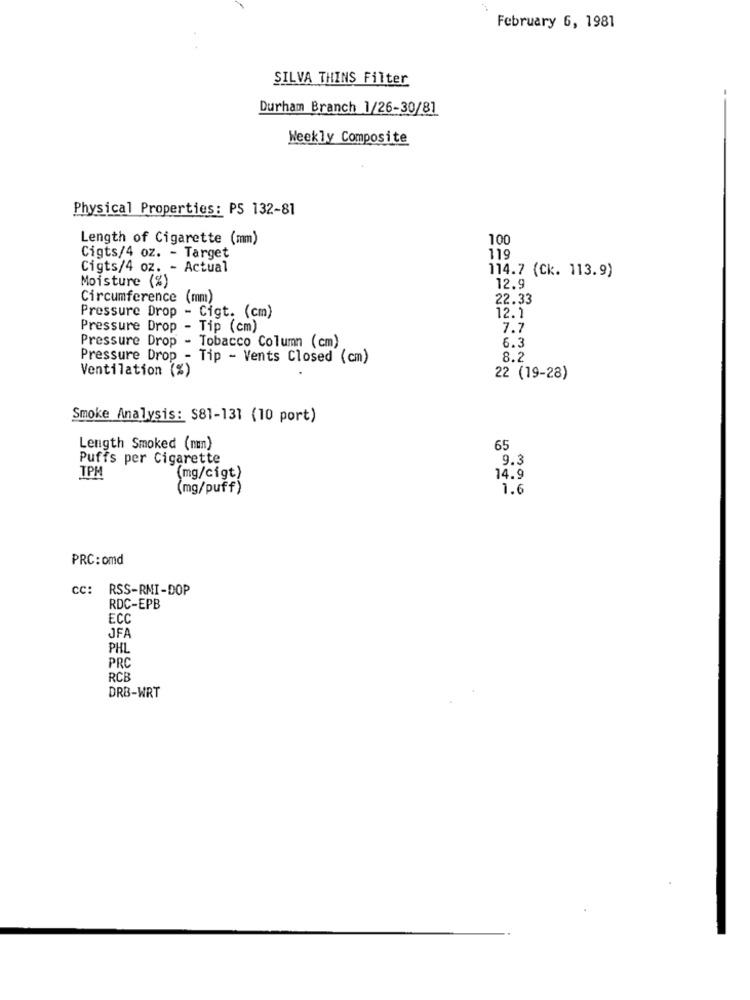
February 6, 1981
SILVA THINS Filter
Durham Branch 1/26-30/81
Weekly Composite
Physical Properties: PS 132-81
Length of Cigarette (mm)
100
Cigts/4 oz. - Target
119
Cigts/4 oz. - Actual
Moisture (%)
114.7 (Ck. 113.9)
12.9
Circumference (mm)
22.33
Pressure Drop - Cigt. (cm)
12.1
Pressure Drop - Tip (cm)
7.7
Pressure Drop - Tobacco Column (cm)
6.3
Pressure Drop - Tip - Vents Closed (cm)
8.2
Ventilation (%)
22 (19-28)
Smoke Analysis: S81-131 (10 port)
Length Smoked (nun)
65
Puffs per Cigarette
9.3
TPM
(mg/cigt)
14.9
(mg/puff)
1.6
PRC: omd
cc: RSS-RNI-DOP
RDC-EPB
ECC
JFA
PHL
PRC
RCB
DRB-WRT